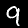
Digit: 9